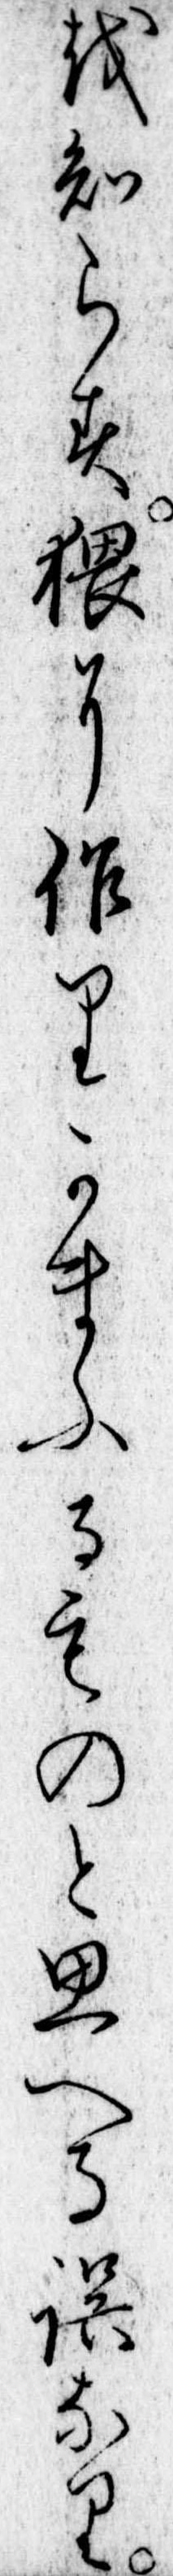
を知らす猥に作りかまふるものと思へる誤なり